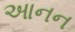
આનન